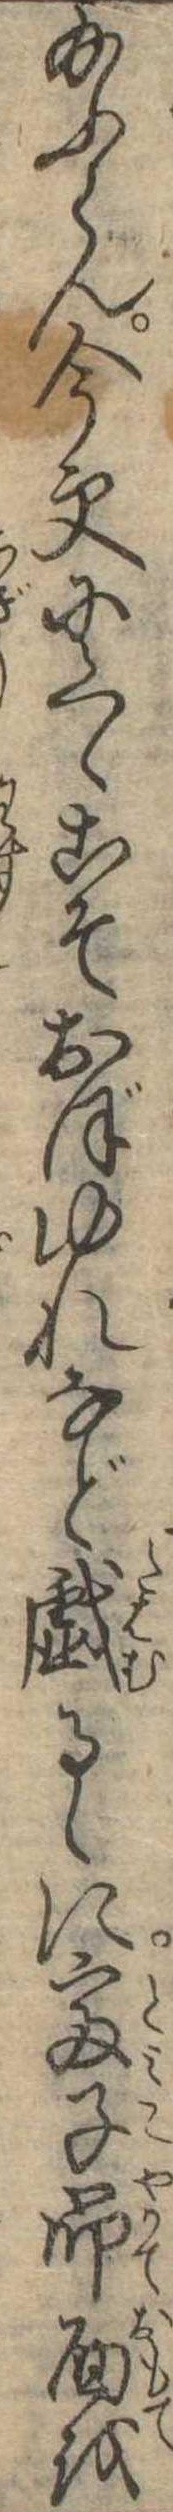
給ふらん今更にくゝこそおぼゆれなど戯るゝに富子即面を